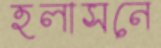
হলাসনে